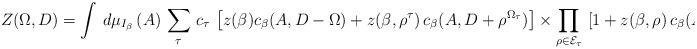
LaTeX: \begin{align*}\left. Z(\Omega,D) = \int \, d \mu_{I_{\beta}} \, (A) \, \sum_{\tau} \, c_{\tau} \, \left[ z(\beta) c_{\beta} (A, D - \Omega) + z(\beta,\rho^{\tau}) \, c_{\beta} (A, D + \rho^{\Omega_{\tau}}) \right] \times \prod_{\rho \in {\cal E}_{\tau}} \, \left[ 1 + z(\beta,\rho) \, c_{\beta} (A,\rho) \right] \ .\right.\end{align*}